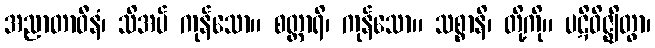
အညာတာဝီနံ၊ သိအပ် ကုန်သော။ စတ္တာရိ၊ ကုန်သော။ သစ္စာနိ၊ တို့ကို။ ပဋိဝိဇ္ဈိတွာ၊